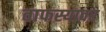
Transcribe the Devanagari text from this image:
वाफस्यावर